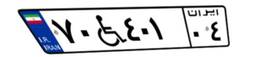
۷۰W۴۰۱۰۴